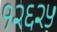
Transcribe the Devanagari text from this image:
१२६२५